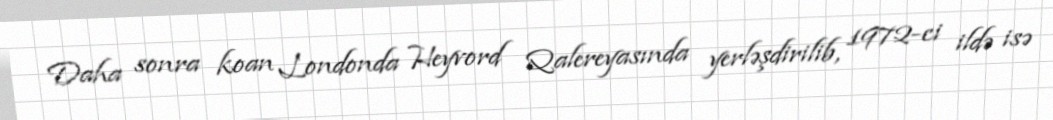
Daha sonra koan Londonda Heyvord Qalereyasında yerləşdirilib, 1972-ci ildə isə